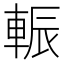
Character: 𨌑